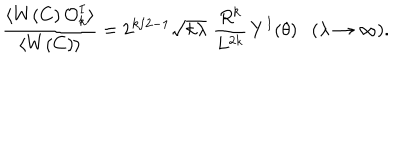
LaTeX: \frac { \langle W ( C ) \, { \cal O } _ { k } ^ { I } \rangle } { \langle W ( C ) \rangle } = 2 ^ { k / 2 - 1 } \sqrt { k \lambda } \, \, \frac { R ^ { k } } { L ^ { 2 k } } \, Y ^ { I } ( \theta ) ( \lambda \rightarrow \infty ) .